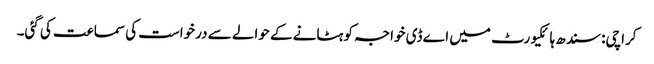
کراچی: سندھ ہائکیورٹ میں اے ڈی خواجہ کو ہٹانے کے حوالے سے درخواست کی سماعت کی گئی۔